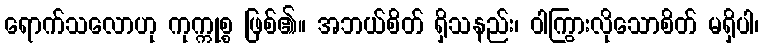
ရောက်သလောဟု ကုက္ကုစ္စ ဖြစ်၏။ အဘယ်စိတ် ရှိသနည်း၊ ဝါကြွားလိုသောစိတ် မရှိပါ၊